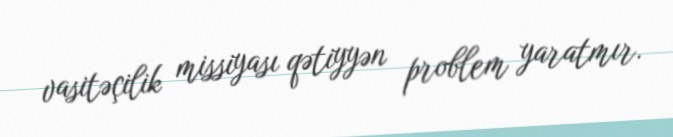
vasitəçilik missiyası qətiyyən problem yaratmır.